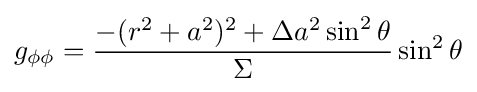
g_{\phi \phi }={\frac {-(r^{2}+a^{2})^{2}+\Delta a^{2}\sin ^{2}\theta }{\Sigma }}\sin ^{2}\theta